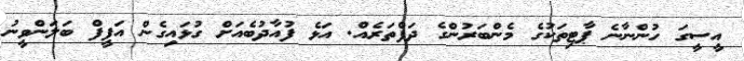
އީސީގަ ހުންނާނެ ޕާޓިތަކުގެ މެންބަރުންގެ ދަފްތަރެއް. އަޅެ ފުއާދުބެއަށް ގުޅައިގެން އަފީފް ބަލަންވީނު